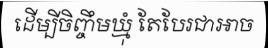
ដើម្បីចិញ្ចឹមឃ្មុំ តែបែរជាអាច